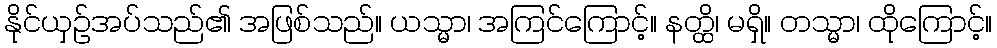
နိုင်ယှဉ်အပ်သည်၏ အဖြစ်သည်။ ယသ္မာ၊ အကြင်ကြောင့်။ နတ္ထိ၊ မရှိ။ တသ္မာ၊ ထိုကြောင့်။